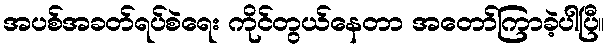
အပစ်အခတ်ရပ်စဲရေး ကိုင်တွယ်နေတာ အတော်ကြာခဲ့ပါပြီ။